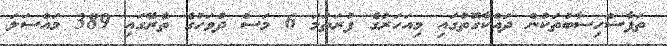
ތަފާސްހިސާބުތަކުން ދައްކާގޮތުގައި މިއަހަރުގެ ފުރަތަމަ 6 މަސް ދުވަހުގެ ތެރޭގައި 389 މައްސަލަ